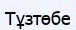
Тұзтөбе